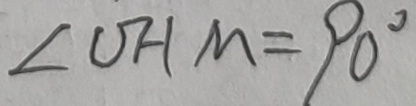
\angle O H M = 9 0 ^ { \circ }